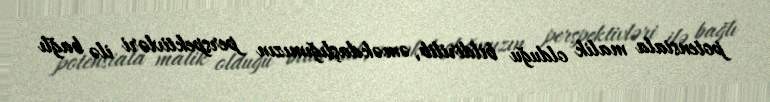
potensiala malik olduğu bildirilib, əməkdaşlığımızın perspektivləri ilə bağlı